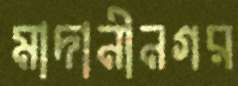
মাদানীনগর